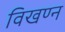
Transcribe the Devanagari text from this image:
विखण्न